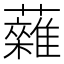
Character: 䕹